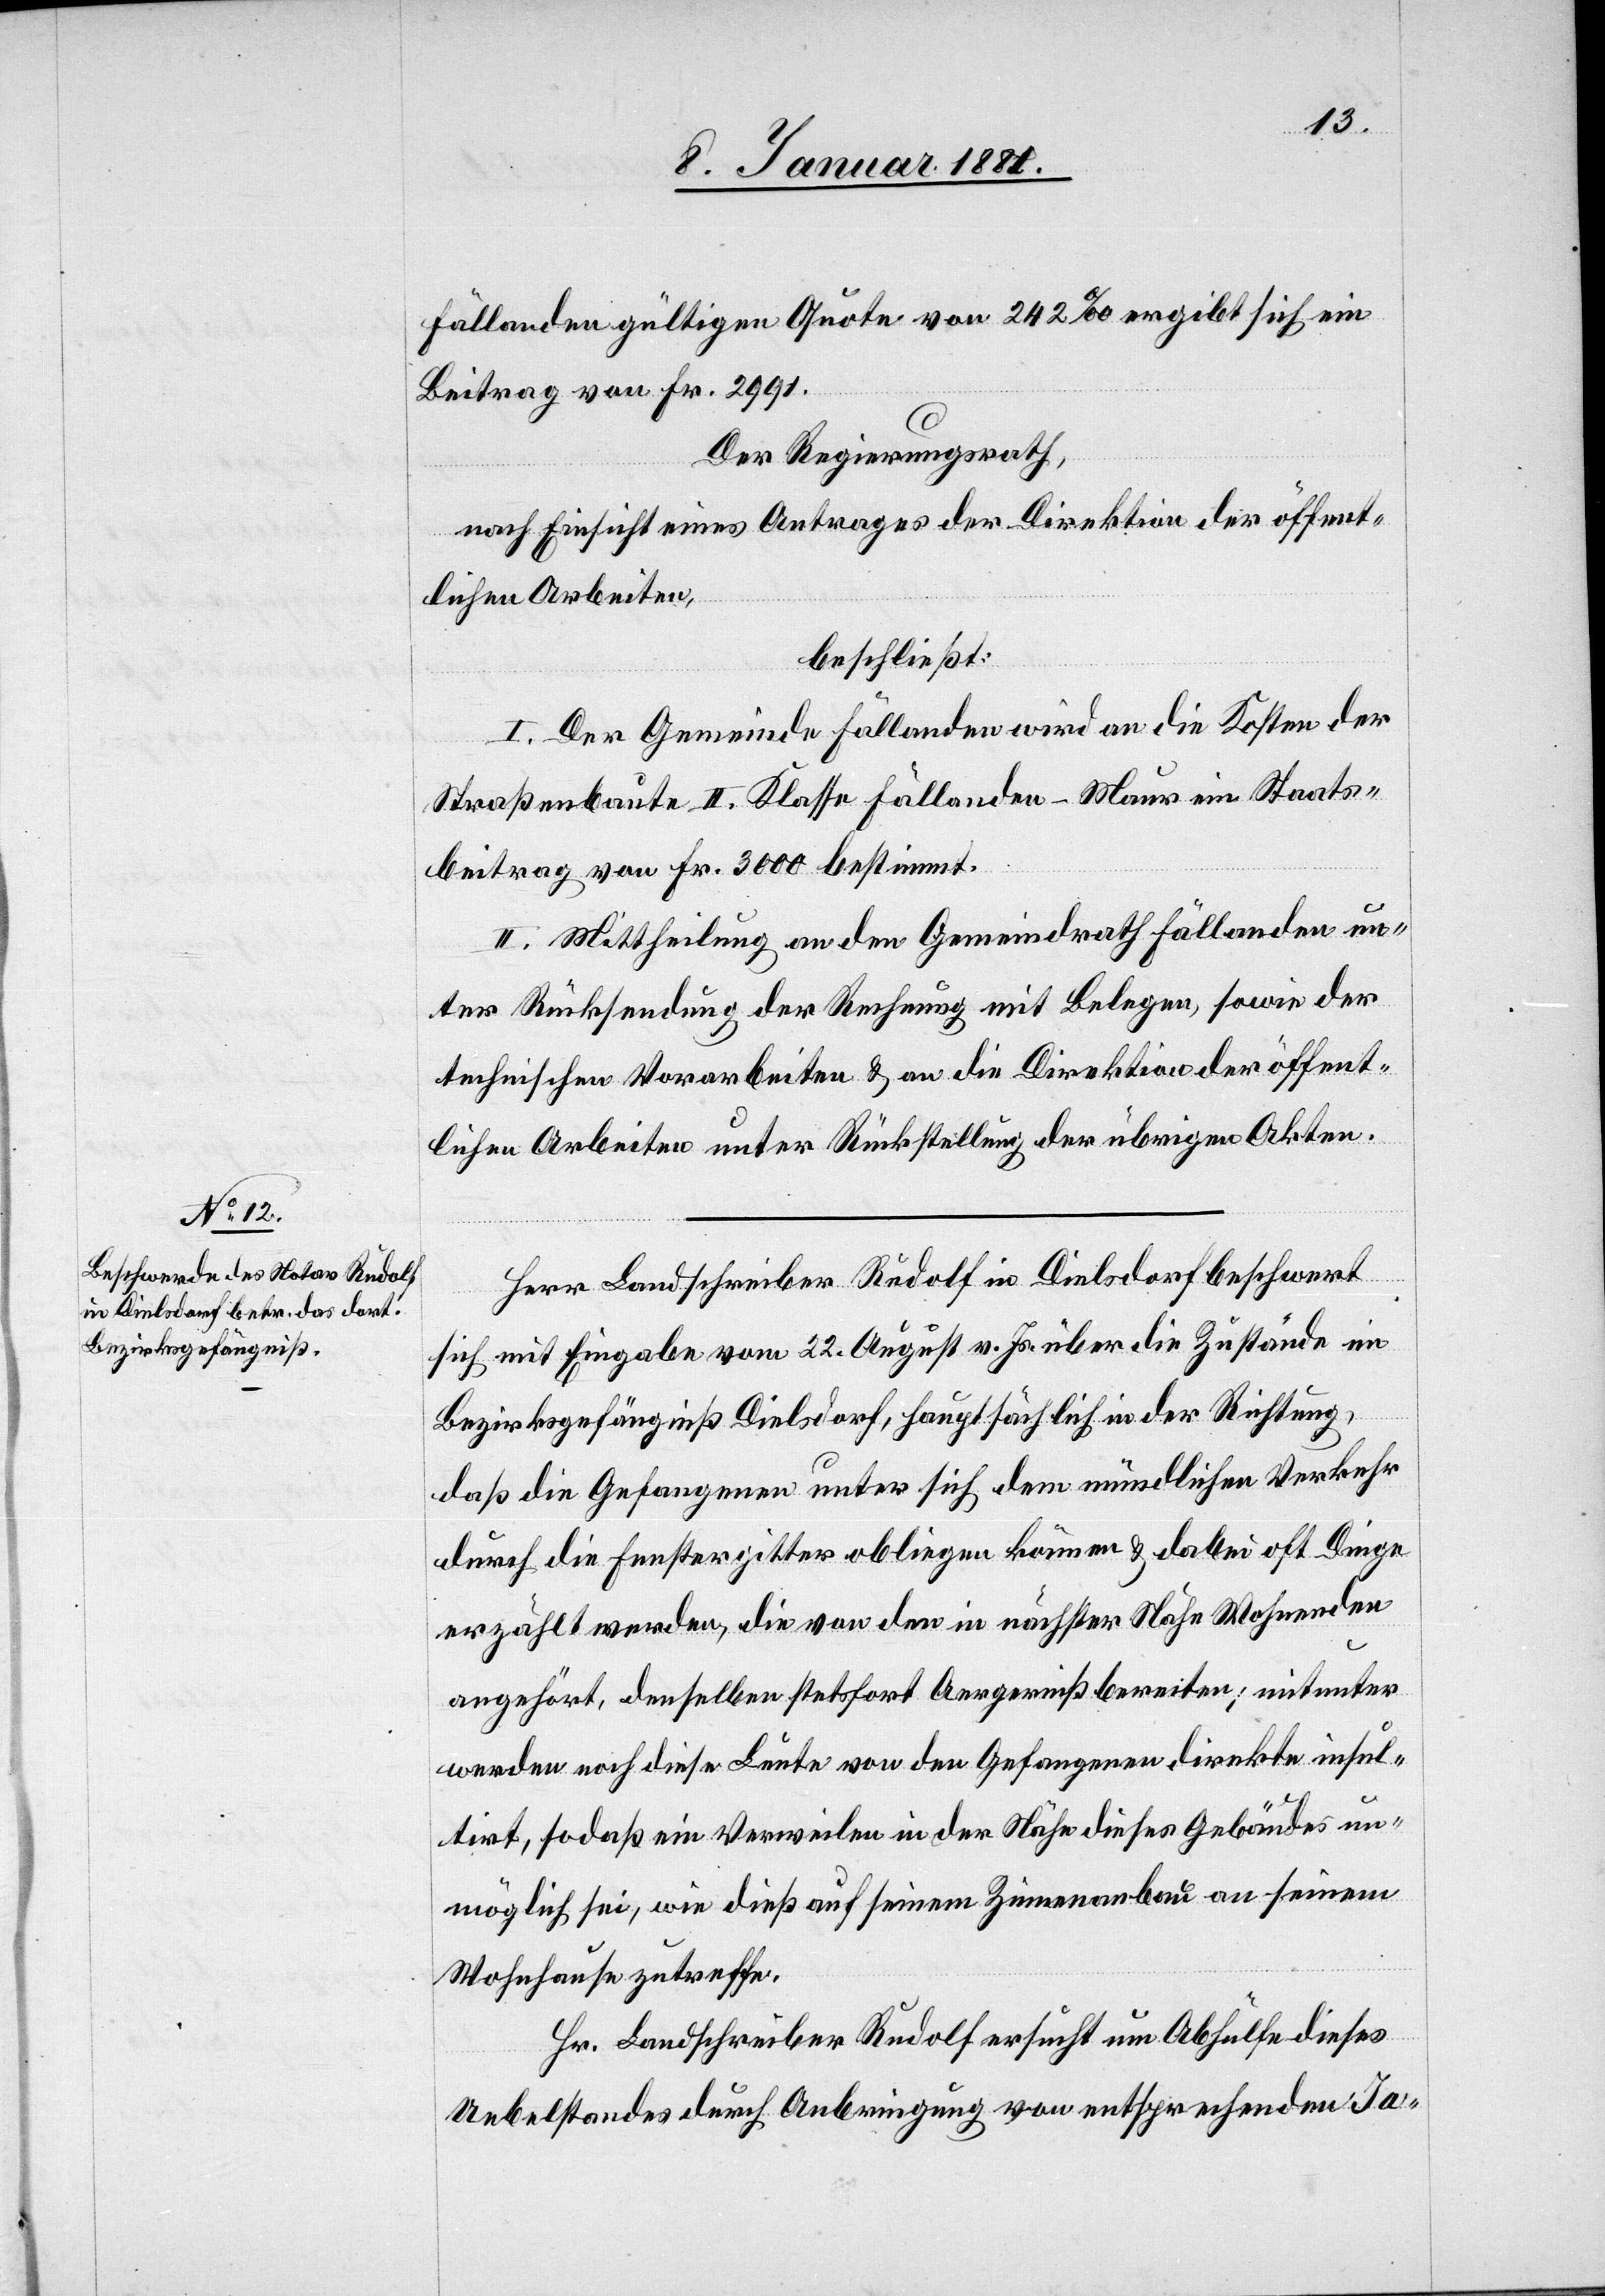
Fällanden gültigen Quote von 242‰ ergibt sich ein
Beitrag von Fr. 2991.
Der Regierungsrath,
nach Einsicht eines Antrages der Direktion der öffent¬
lichen Arbeiten,
beschließt:
I. Der Gemeinde Fällanden wird an die Kosten der
Straßenbaute II. Klasse Fällanden–Maur ein Staats¬
beitrag von Fr. 3000 bestimmt.
II. Mittheilung an den Gemeindrath Fällanden un¬
ter Rücksendung der Rechnung mit Belegen, sowie der
technischen Vorarbeiten & an die Direktion der öffent¬
lichen Arbeiten unter Rückstellung der übrigen Akten.
Herr Landschreiber Rudolf in Dielsdorf beschwert
sich mit Eingabe vom 22. August v. Js. über die Zustände im
Bezirksgefängniß Dielsdorf, hauptsächlich in der Richtung,
daß die Gefangenen unter sich dem mündlichen Verkehr
durch die Fenstergitter obliegen können & dabei oft Dinge
erzählt werden, die von den in nächster Nähe Wohnenden
angehört, denselben stetsfort Aergerniß bereiten; mitunter
werden noch diese Leute von den Gefangenen direkte insul¬
tirt, so daß ein Verweilen in der Nähe dieses Gebäudes un¬
möglich sei, wie dieß auf seinem Zimmeranbau an seinem
Wohnhause zutreffe.
Hr. Landschreiber Rudolf ersucht um Abhülfe dieses
Uebelstandes durch Anbringung von entsprechenden Ja-